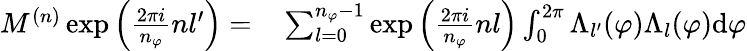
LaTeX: \begin{array}{rl}{M^{(n)}\exp{\left(\frac{2\pi i}{n_{\varphi}}nl^{\prime}\right)}=}&{{}\sum_{l=0}^{n_{\varphi}-1}\exp{\left(\frac{2\pi i}{n_{\varphi}}nl\right)}\int_{0}^{2\pi}\Lambda_{l^{\prime}}(\varphi)\Lambda_{l}(\varphi)\mathrm{d}\varphi}\end{array}